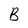
Character: B